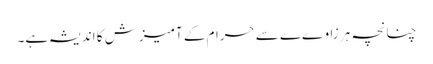
چنانچہ ہر زاوےے سے حرام کے آمیزش کا اندیشہ ہے۔